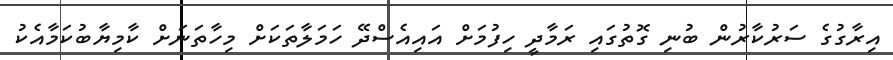
އިރާގުގެ ސަރުކާރުން ބުނި ގޮތުގައި ރަމާދީ ހިފުމަށް އައިއެސްދޭ ހަމަލާތަކަށް މިހާތަނަށް ކާމިޔާބުކަމާއެކު